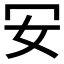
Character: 𠕷